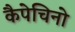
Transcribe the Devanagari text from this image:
कैपेचिनो